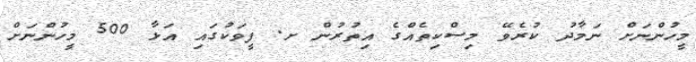
މީހުންނަށް ނަމާދު ކުރެވޭ މިސްކިތެއްގެ އިތުރުން ށ. ފީވަކުގައި އަޅާ 500 މީހުންނަށް